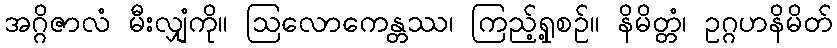
အဂ္ဂိဇာလံ မီးလျှံကို။ ဩလောကေန္တဿ၊ ကြည့်ရှု့စဉ်။ နိမိတ္တံ၊ ဥဂ္ဂဟနိမိတ်